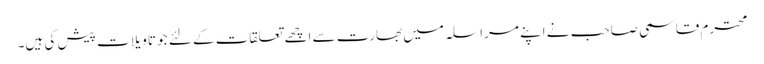
محترم قاسمی صاحب نے اپنے مراسلہ میں بھارت سے اچھے تعلقات کے لئے جو تاویلات پیش کی ہیں۔